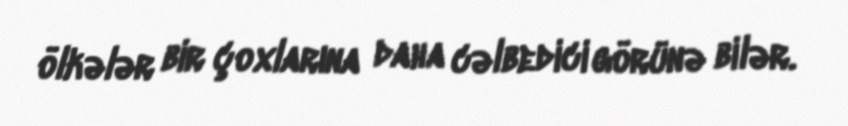
ölkələr bir çoxlarına daha cəlbedici görünə bilər.